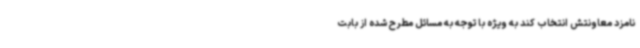
نامزد معاونتش انتخاب کند به ویژه با توجه به مسائل مطرح شده از بابت